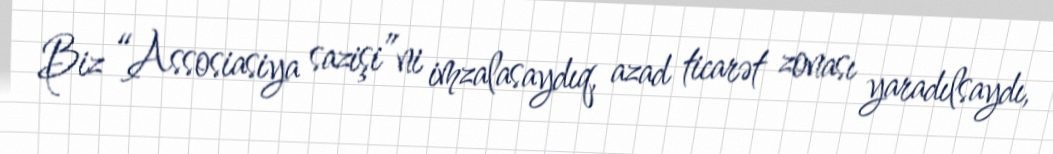
Biz “Assosiasiya sazişi”ni imzalasaydıq, azad ticarət zonası yaradılsaydı,